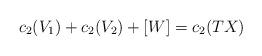
LaTeX: \begin{align*}c_{2}(V_{1}) + c_{2}(V_{2}) +[W]= c_{2}(TX)\end{align*}